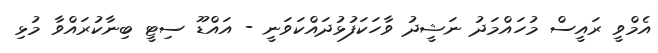
އެމްވީ ރައީސް މުހައްމަދު ނަޝީދު ވާހަކަފުޅުދައްކަވަނީ - އައްޑޫ ސިޓީ ބިނާކުރައްވާ މުޅި